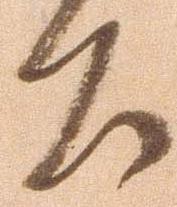
公